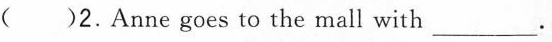
()2.Anne goes to the mall with____